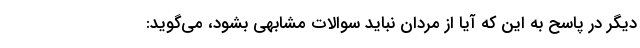
دیگر در پاسح به این که آیا از مردان نباید سوالات مشابهی بشود، می‌گوید: